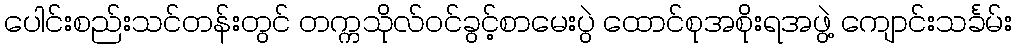
ပေါင်းစည်းသင်တန်းတွင် တက္ကသိုလ်ဝင်ခွင့်စာမေးပွဲ ထောင်စုအစိုးရအဖွဲ့ ကျောင်းသင်္ခမ်း